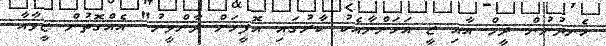
ހެނދުނުން ދީމް އާއި ޒީ އަހަންނާއެކު ކާރުގައި އޮފީހަށް ދާންވީނު" އެއްގޮތުން ޒީވާއާ